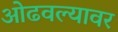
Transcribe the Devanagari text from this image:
ओढवल्यावर